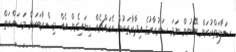
ސަލާމަތްކުރަން ބޭނުން ނަމަ ސަރުކާރުގެ އިދާރާތަކުން އެކައްޗެއް ކިޔައިގެން އެއް މިސްރާބަކަށް މަސައްކަތް